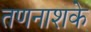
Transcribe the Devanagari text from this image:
तणनाशके